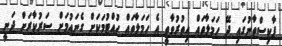
ޕާކިސްތާނުގައި ދޭ ހަމަލާތައް އިތުރުވާތީ އެ ހަމަލާތައް ހުއްޓުމަކަށް ގެނައުމަށް ސަރުކާރަށް ދަނީ